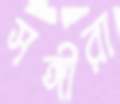
সঙ্গীরা